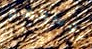
بوسعهم